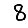
Digit: 8